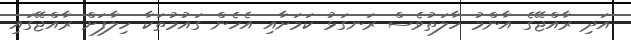
އަދި ރާއްޖޭގެ އާންމު ހާލަތުވެސް ރަނގަޅު ކަމަށާއި އެހެން ގައުމުތަކާ ހިލާފަށް ރާއްޖޭގައި